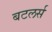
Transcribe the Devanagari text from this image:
बटलर्स